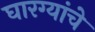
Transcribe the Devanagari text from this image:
घारग्यांचे